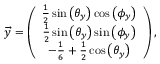
\begin{array} { r } { \overrightarrow { y } = \left( \begin{array} { c } { \frac { 1 } { 2 } \sin \left( \theta _ { y } \right) \cos \left( \phi _ { y } \right) } \\ { \frac { 1 } { 2 } \sin \left( \theta _ { y } \right) \sin \left( \phi _ { y } \right) } \\ { - \frac { 1 } { 6 } + \frac { 1 } { 2 } \cos \left( \theta _ { y } \right) } \end{array} \right) , } \end{array}